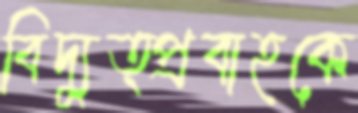
বিদ্যুত্প্রবাহকে